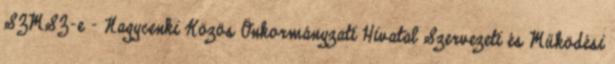
SZMSZ-e - Nagycenki Közös Önkormányzati Hivatal Szervezeti és Működési